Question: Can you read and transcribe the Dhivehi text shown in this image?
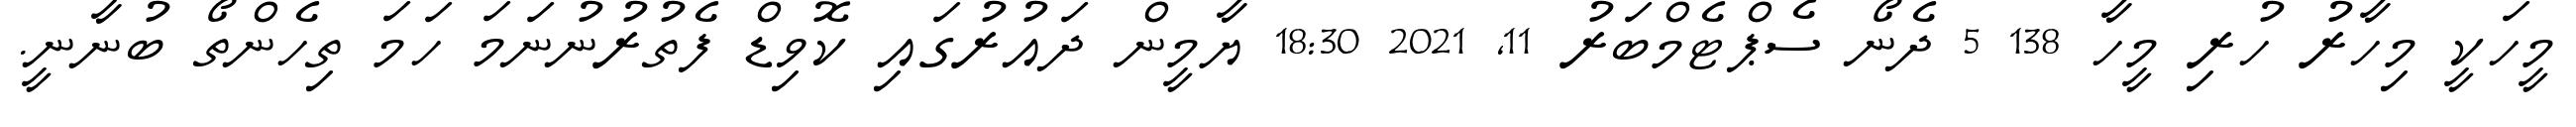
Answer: މީހަކީ މިހާރު ހުރި މީހާ 138 5 ދެނޯ ސެޕްޓެމްބަރު 11, 2021 18:30 ޔާމީން ދައުރުގައި ކޮވިޑް ފެތުރުނުނަމަ ހަމަ ތިހެންތޯ ބުނާނީ.